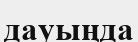
дауыңда